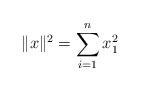
LaTeX: \begin{align*}\Vert x \Vert^2 = \sum_{i=1}^{n} x_1^2 \\\end{align*}